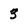
Character: 3